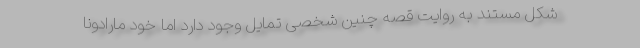
شکل مستند به روایت قصه چنین شخصی تمایل وجود دارد اما خود مارادونا